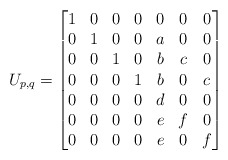
\begin{align*}U_{p,q}=\begin{bmatrix}1 & 0 & 0 & 0 & 0 & 0 & 0 \\0 & 1 & 0 & 0 & a & 0 & 0 \\0 & 0 & 1 & 0 & b & c & 0 \\0 & 0 & 0 & 1 & b & 0 & c \\0 & 0 & 0 & 0 & d & 0 & 0 \\0 & 0 & 0 & 0 & e & f & 0 \\0 & 0 & 0 & 0 & e & 0 & f\end{bmatrix}\end{align*}